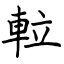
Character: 𨋢